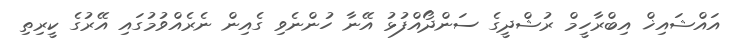
އައްޝައިޚް އިބްރާހީމް ރުޝްދީގެ ސަންދޯއްފުޅު އޭނާ ހުންނެވި ގެއިން ނެރެއްވުމުގައި އޭރުގެ ކީރިތި